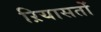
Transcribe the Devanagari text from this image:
ऱियासतों